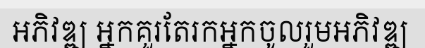
អភិវឌ្ឍ អ្នកគួរតែរកអ្នកចូលរួមអភិវឌ្ឍ